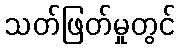
သတ်ဖြတ်မှုတွင်